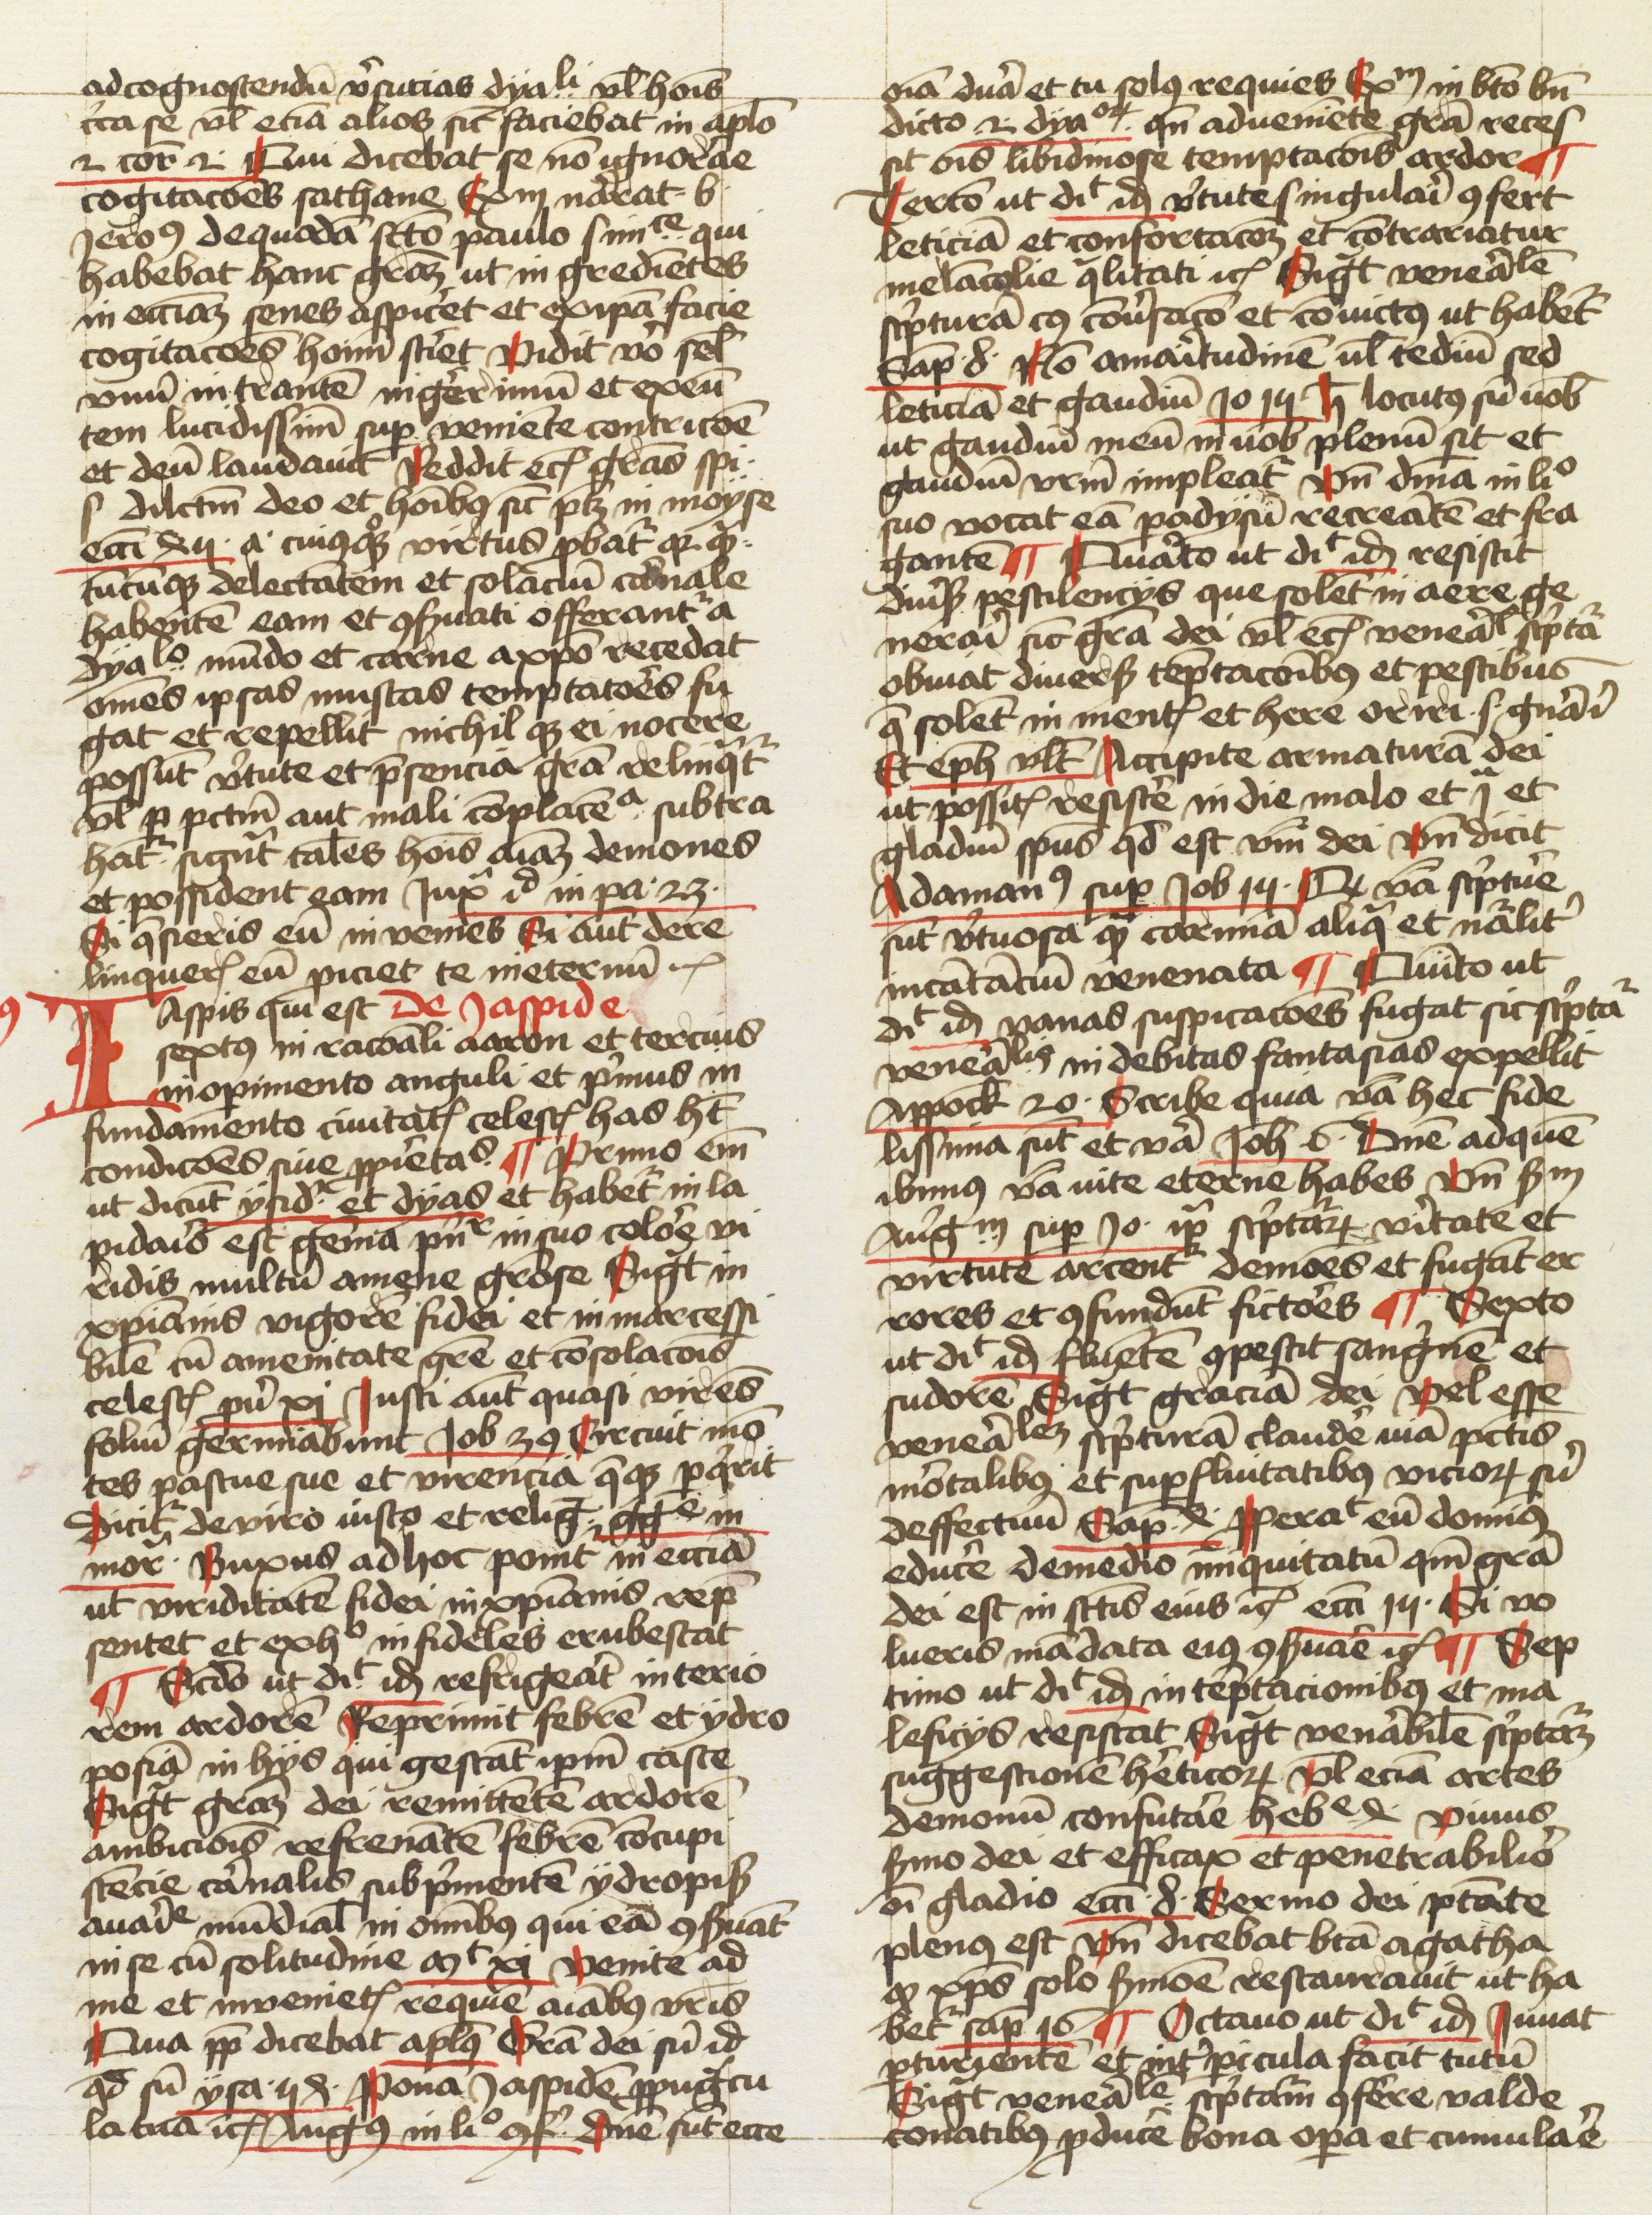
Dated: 1474–1474